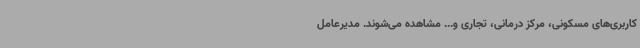
کاربری‌های مسکونی، مرکز درمانی، تجاری و... مشاهده می‌شوند. مدیرعامل